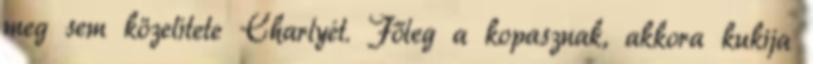
meg sem közelítete Charlyét. Főleg a kopasznak, akkora kukija